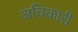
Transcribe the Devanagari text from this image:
अचिकारी